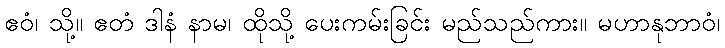
ဧဝံ၊ သို့။ ဧတံ ဒါနံ နာမ၊ ထိုသို့ ပေးကမ်းခြင်း မည်သည်ကား။ မဟာနုဘာဝံ၊